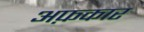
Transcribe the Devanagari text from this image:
अफ़कार